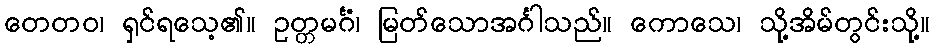
တေတဝ၊ ရှင်ရသေ့၏။ ဥတ္တမင်္ဂံ၊ မြတ်သောအင်္ဂါသည်။ ကောသေ၊ သို့အိမ်တွင်းသို့။